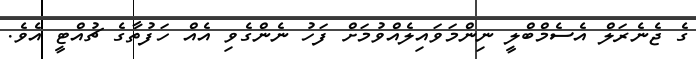
ގެ ޖެނެރަލް އެސެމްބްލީ ނިންމަވައިލެއްވުމަށް ފަހު ނެންގެވި އެއް ހަފުތާގެ ޗުއްޓީ އެވެ.